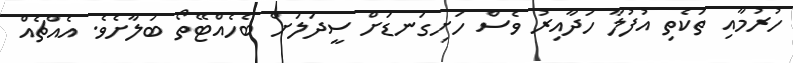
ހުރުމާއި ތަކެތި އުފުލާ ހަދާއިރު ވެސް ހަށިގަނޑަށް ސީދަލަށް ބެހެއްޓޭތޯ ބަލާށެވެ. އެއްޗެއް